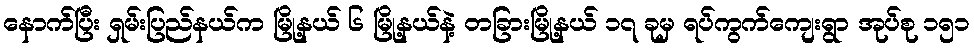
နောက်ပြီး ရှမ်းပြည်နယ်က မြို့နယ် ၆ မြို့နယ်နဲ့ တခြားမြို့နယ် ၁၇ ခုမှ ရပ်ကွက်ကျေးရွာ အုပ်စု ၁၅၁